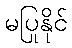
မပြုနိုင်